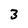
Character: 3